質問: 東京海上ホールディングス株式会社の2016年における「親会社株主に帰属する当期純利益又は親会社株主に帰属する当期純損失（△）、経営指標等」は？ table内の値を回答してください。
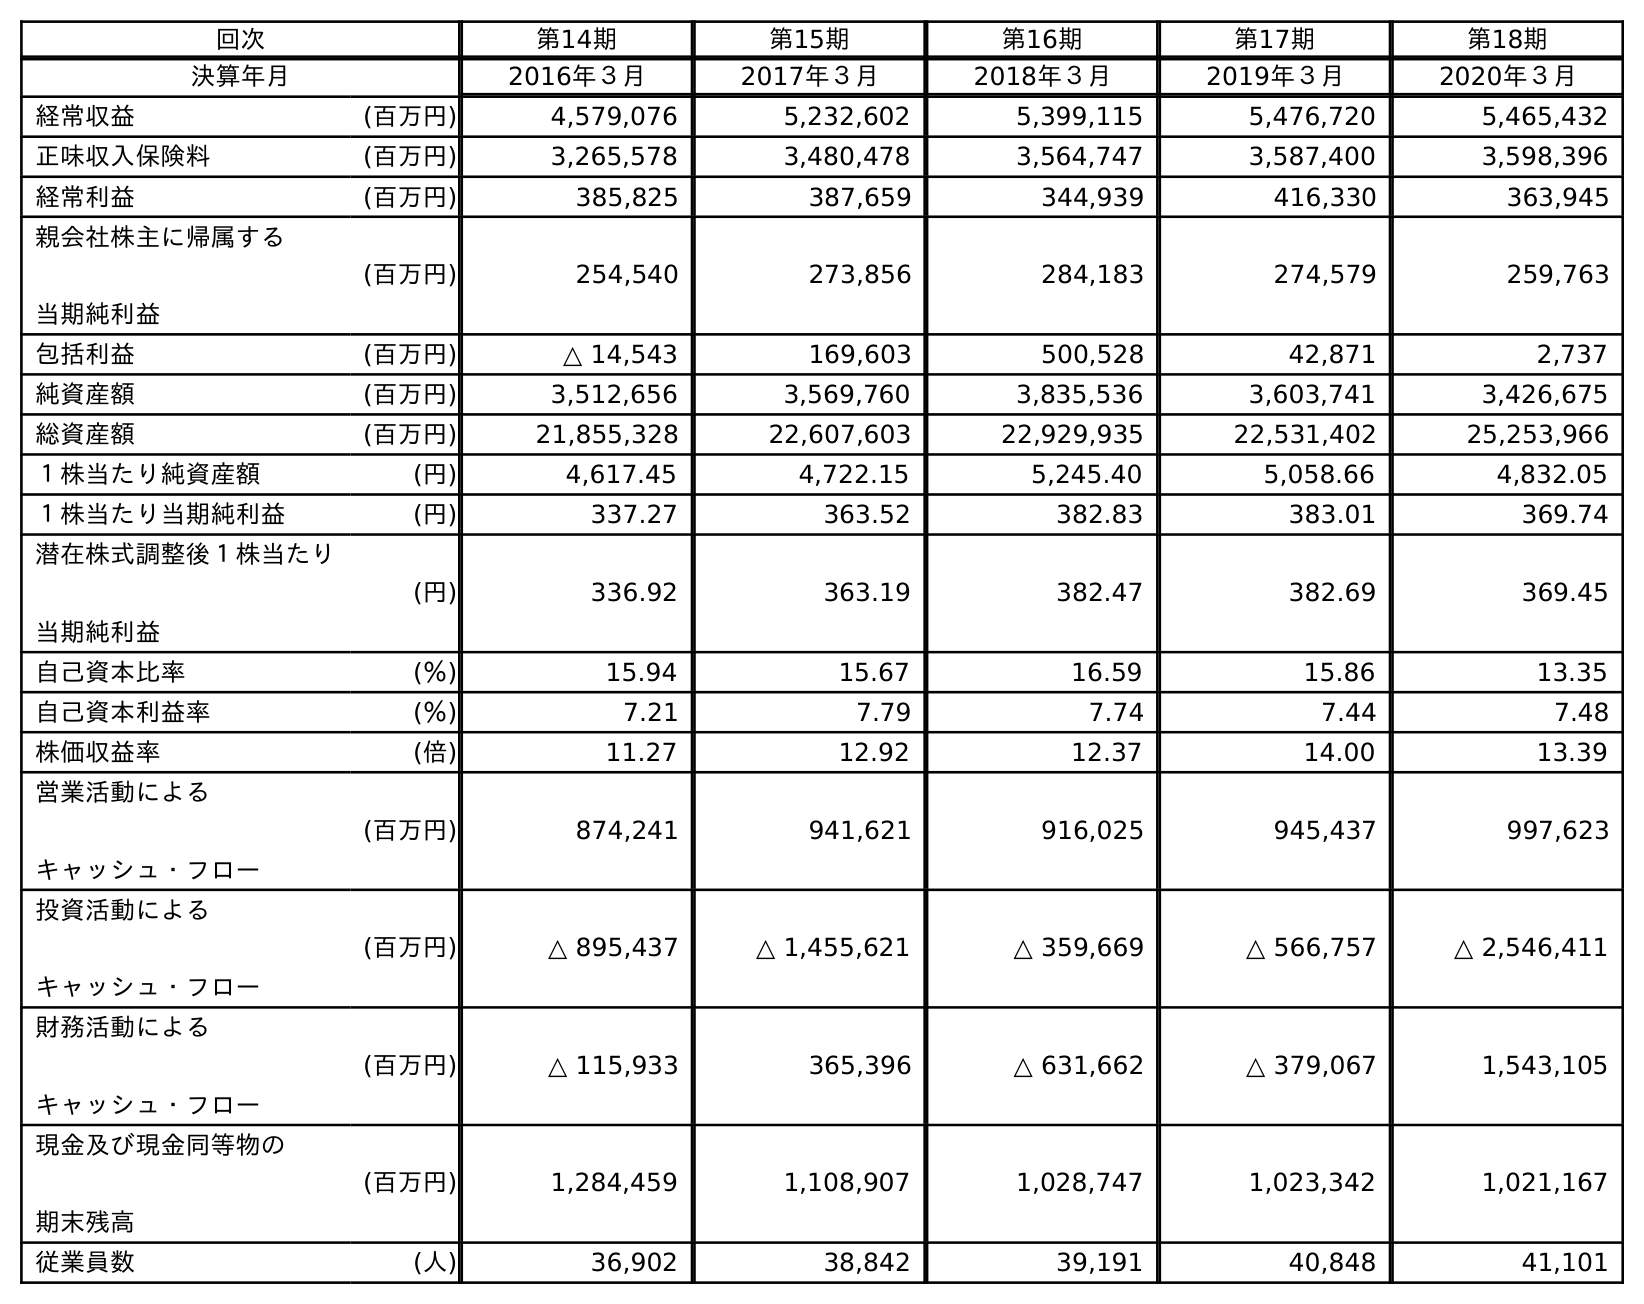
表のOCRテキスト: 回次 第14期 第15期 第16期 第17期 第18期 決算年月 2016年３月 2017年３月 2018年３月 2019年３月 2020年３月 経常収益 (百万円) 4,579,076 5,232,602 5,399,115 5,476,720 5,465,432 正味収入保険料 (百万円) 3,265,578 3,480,478 3,564,747 3,587,400 3,598,396 経常利益 (百万円) 385,825 387,659 344,939 416,330 363,945 親会社株主に帰属する 当期純利益 (百万円) 254,540 273,856 284,183 274,579 259,763 包括利益 (百万円) △ 14,543 169,603 500,528 42,871 2,737 純資産額 (百万円) 3,512,656 3,569,760 3,835,536 3,603,741 3,426,675 総資産額 (百万円) 21,855,328 22,607,603 22,929,935 22,531,402 25,253,966 １株当たり純資産額 (円) 4,617.45 4,722.15 5,245.40 5,058.66 4,832.05 １株当たり当期純利益 (円) 337.27 363.52 382.83 383.01 369.74 潜在株式調整後１株当たり 当期純利益 (円) 336.92 363.19 382.47 382.69 369.45 自己資本比率 (％) 15.94 15.67 16.59 15.86 13.35 自己資本利益率 (％) 7.21 7.79 7.74 7.44 7.48 株価収益率 (倍) 11.27 12.92 12.37 14.00 13.39 営業活動による キャッシュ・フロー (百万円) 874,241 941,621 916,025 945,437 997,623 投資活動による キャッシュ・フロー (百万円) △ 895,437 △ 1,455,621 △ 359,669 △ 566,757 △ 2,546,411 財務活動による キャッシュ・フロー (百万円) △ 115,933 365,396 △ 631,662 △ 379,067 1,543,105 現金及び現金同等物の 期末残高 (百万円) 1,284,459 1,108,907 1,028,747 1,023,342 1,021,167 従業員数 (人) 36,902 38,842 39,191 40,848 41,101
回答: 254,540